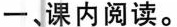
一 、课内阅读。